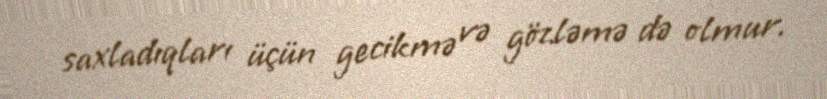
saxladıqları üçün gecikmə və gözləmə də olmur.